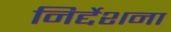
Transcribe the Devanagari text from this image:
निर्द्देशना